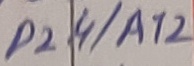
Text: P2.4/A12